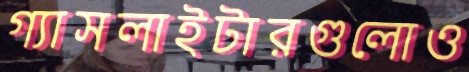
গ্যাসলাইটারগুলোও